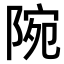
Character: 𨺋